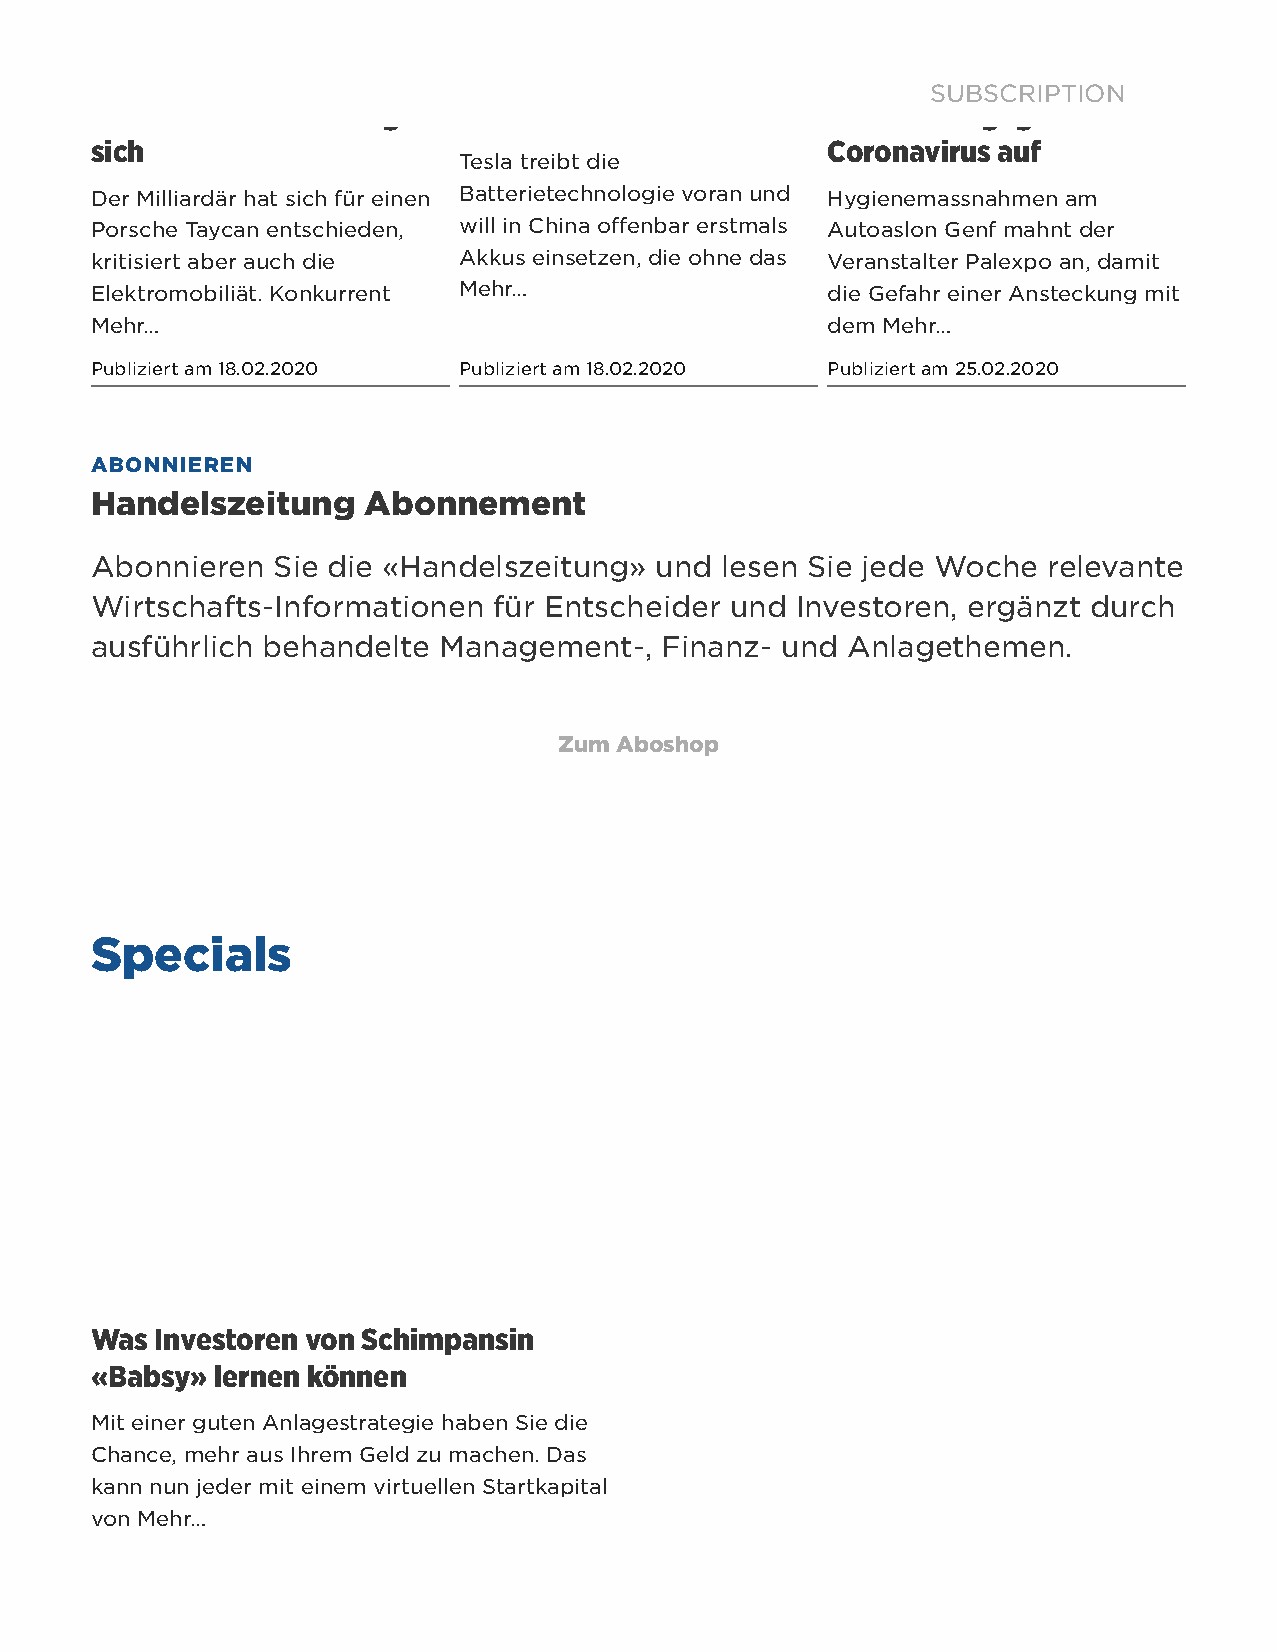
Bill Gates kauft sein erstes Tesla setzt Batterien ohne Autosalon Genf ruft zur
 SUBSCRIPTION
 E-Auto – Elon Musk ärgert Kobalt ein             Prävention gegen
 sich                                             Coronavirus auf
 Tesla treibt die
 Der Milliardär hat sich für einen Batterietechnologie voran und Hygienemassnahmen am
 Porsche Taycan entschieden, will in China offenbar erstmals Autoaslon Genf mahnt der
 kritisiert aber auch die Akkus einsetzen, die ohne das Veranstalter Palexpo an, damit
 Elektromobiliät. Konkurrent Mehr…                die Gefahr einer Ansteckung mit
 Mehr…                                            dem Mehr…
 Publiziert am 18.02.2020 Publiziert am 18.02.2020 Publiziert am 25.02.2020
 ABONNIEREN
 Handelszeitung    Abonnement
 Abonnieren  Sie die «Handelszeitung» und  lesen Sie jede Woche relevante
 Wirtschafts-Informationen  für Entscheider und Investoren, ergänzt durch
 ausführlich behandelte Management-,   Finanz- und Anlagethemen.
 Zum Aboshop
 Specials
 Was Investoren von Schimpansin
 «Babsy» lernen können
 Mit einer guten Anlagestrategie haben Sie die
 Chance, mehr aus Ihrem Geld zu machen. Das
 kann nun jeder mit einem virtuellen Startkapital
 von Mehr…